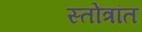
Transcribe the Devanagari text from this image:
स्तोत्रांत